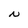
Character: N